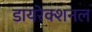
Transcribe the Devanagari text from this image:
डायरेक्शनल